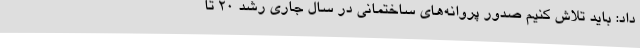
داد: باید تلاش کنیم صدور پروانه‌های ساختمانی در سال جاری رشد 20 تا